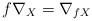
\begin{align*}f\nabla_X=\nabla_{fX}\end{align*}